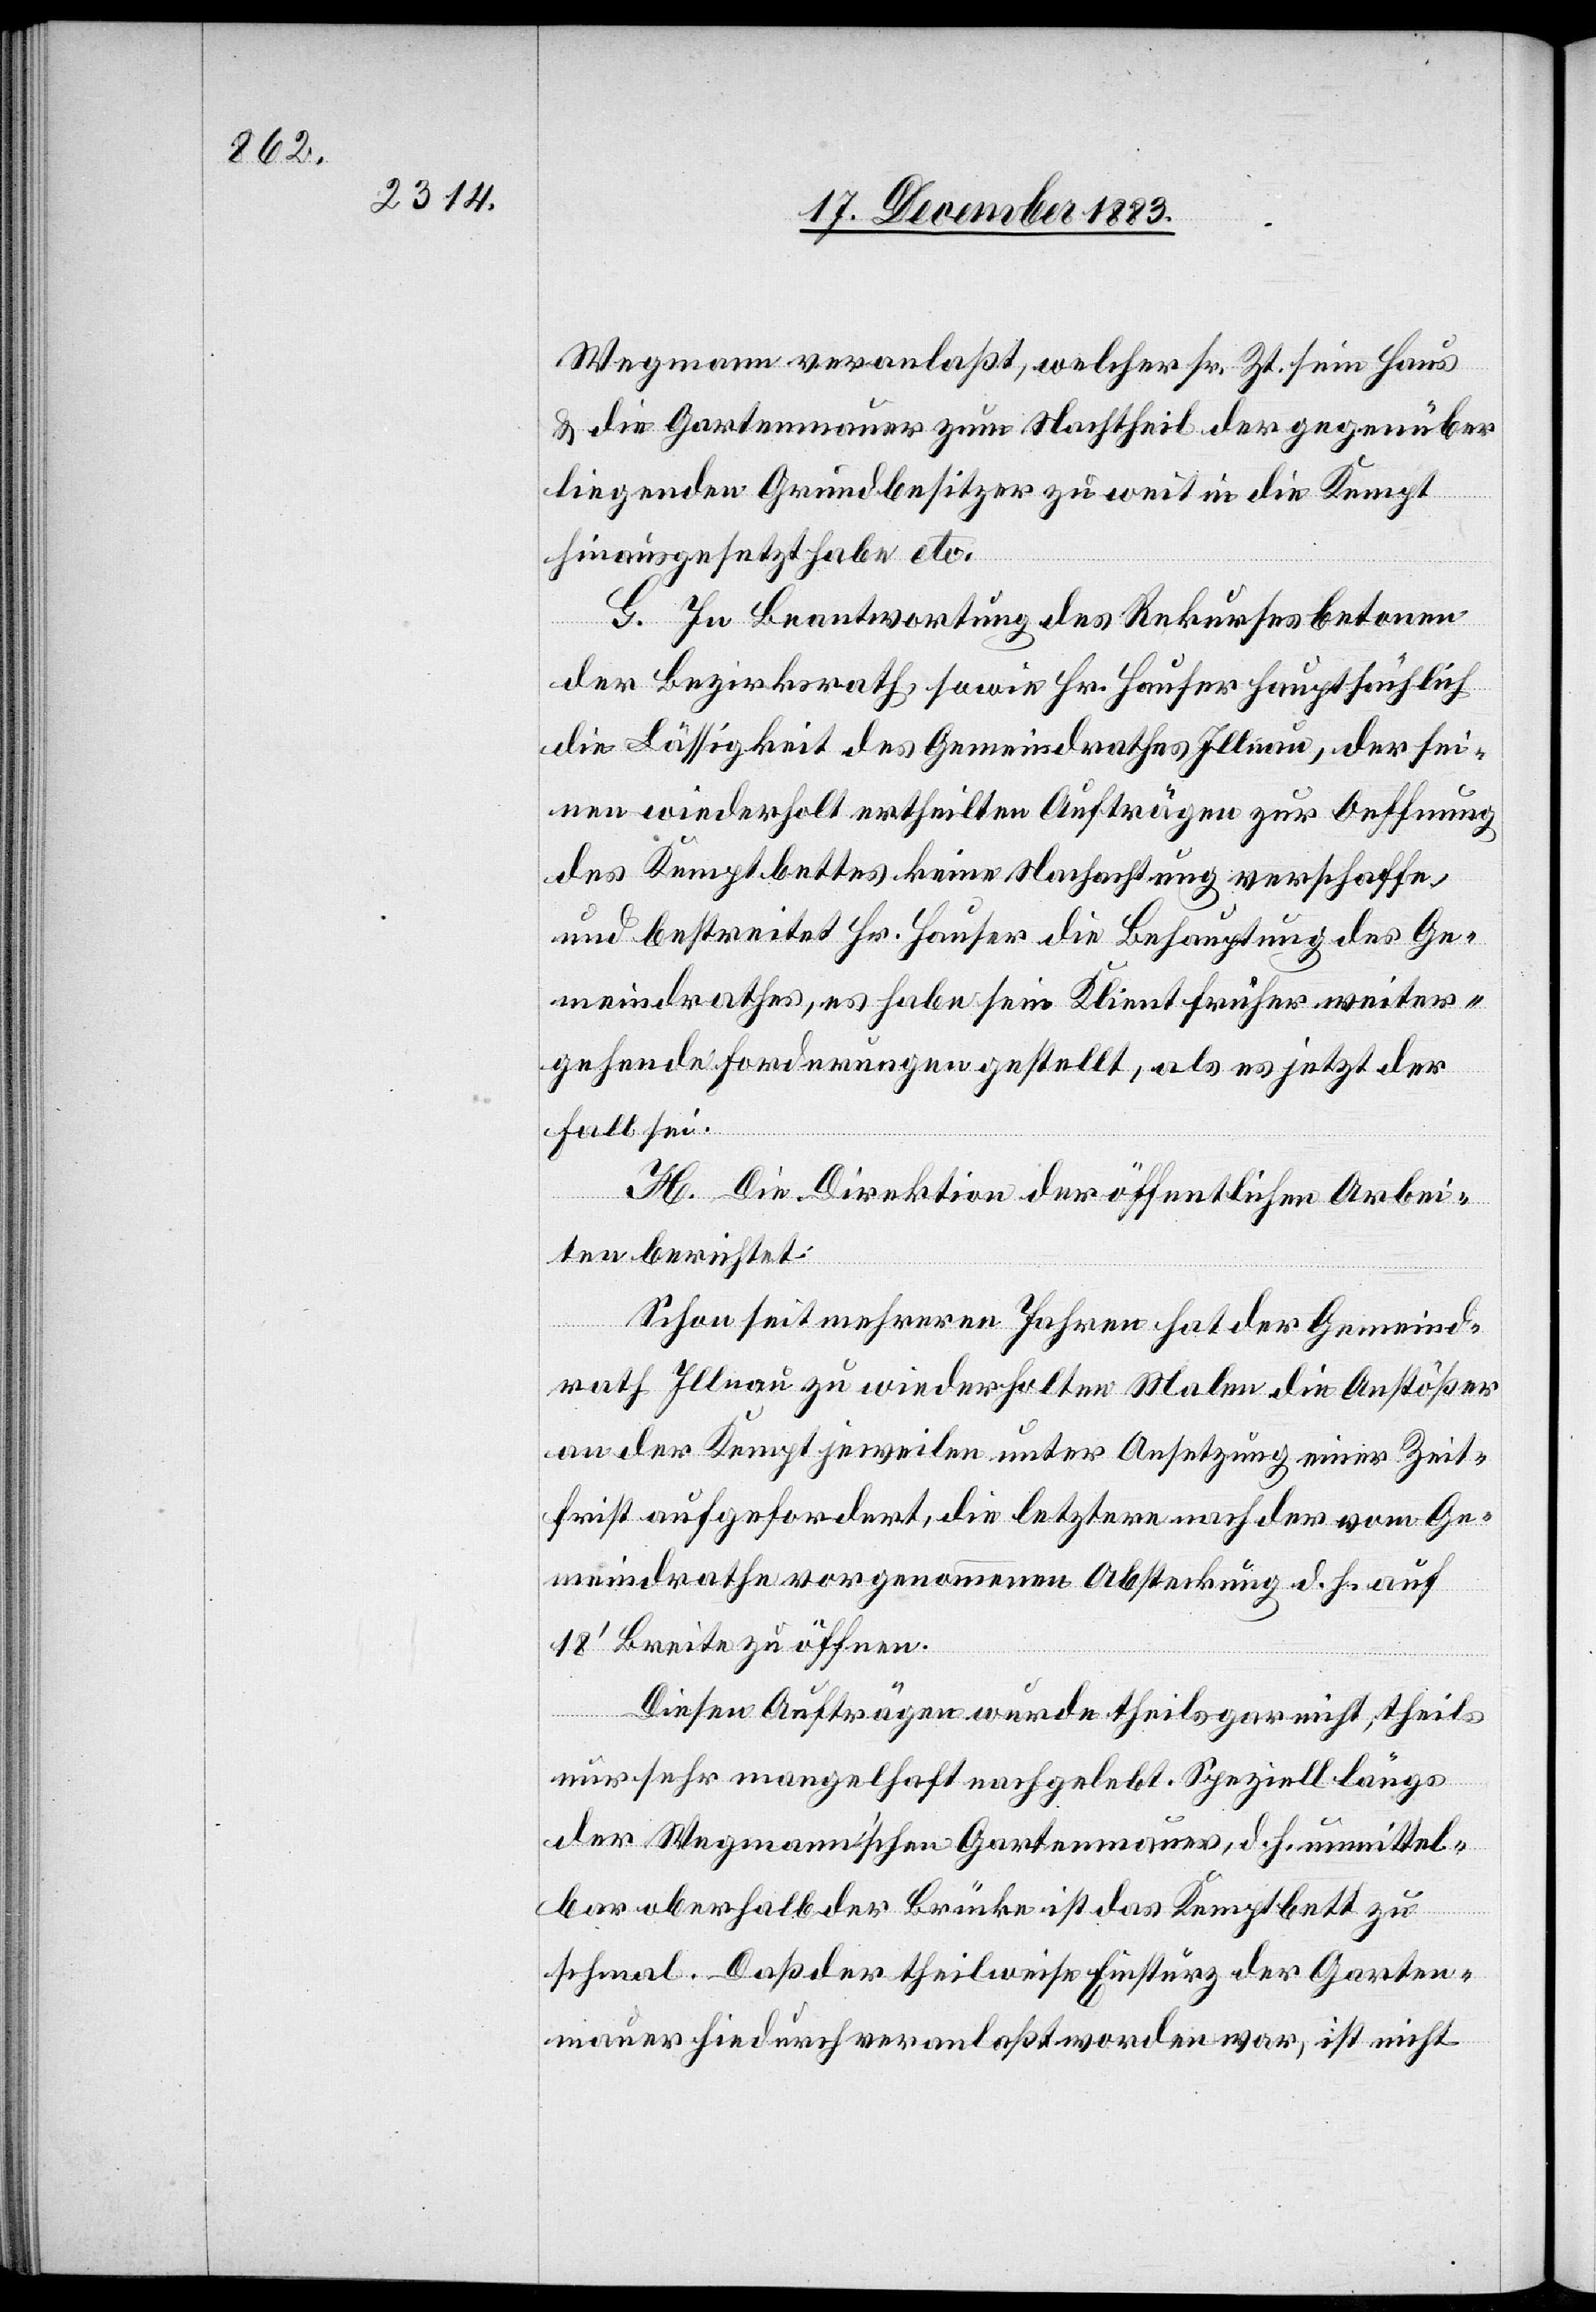
Wegmann veranlaßt, welcher sr. Zt. sein Haus
& die Gartenmauer zum Nachtheil der gegenüber¬
liegenden Grundbesitzer zu weit in die Kempt
hinausgesetzt habe etc.
G. In Beantwortung des Rekurses betonen
der Bezirksrath, sowie Hr. Hauser hauptsächlich
die Lässigkeit des Gemeindrathes Illnau, der sei¬
nen wiederholt ertheilten Aufträgen zur Oeffnung
des Kemptbettes keine Nachachtung verschaffe,
und bestreitet Hr. Hauser die Behauptung des Ge¬
meindrathes, es habe sein Klient früher weiter¬
gehende Forderungen gestellt, als es jetzt der
Fall sei.
H. Die Direktion der öffentlichen Arbei¬
ten berichtet:
Schon seit mehreren Jahren hat der Gemeind¬
rath Illnau zu wiederholten Malen die Anstößer
an der Kempt jeweilen unter Ansetzung einer Zeit¬
frist aufgefordert, die letztere nach der vom Ge¬
meindrathe vorgenommenen Absteckung d. h. auf
18‘ Breite zu öffnen.
Diesen Aufträgen wurde theils gar nicht, theils
nur sehr mangelhaft nachgelebt. Speziell längs
der Wegmann’schen Gartenmauer, d. h. unmittel¬
bar oberhalb der Brücke ist das Kemptbett zu
schmal. Daß der theilweise Einsturz der Garten¬
mauer hiedurch veranlaßt worden war, ist nicht